Vaccine operations Central Provinces 1868-1885 - 1868-1885
Year: 1868
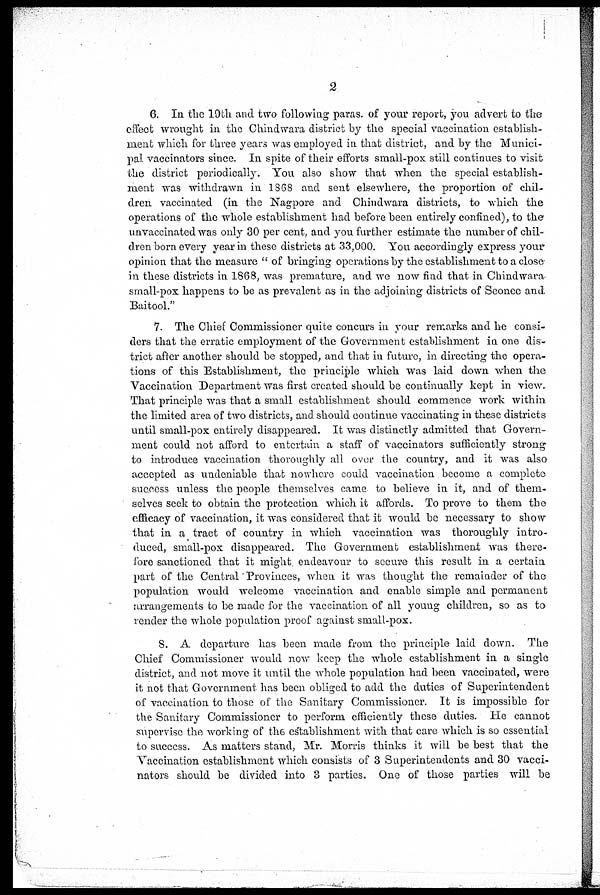
2
6. In the 19th and two following paras. of your report, you advert to the
effect wrought in the Chindwara district by the special vaccination establish-
ment which for three years was employed in that district, and by the Munici-
pal vaccinators since. In spite of their efforts small-pox still continues to visit
the district periodically. You also show that when the special establish-
ment was withdrawn in 1868 and sent elsewhere, the proportion of chil-
dren vaccinated (in the Nagpore and Chindwara districts, to which the
operations of the whole establishment had before been entirely confined), to the
unvaccinated was only 30 per cent, and you further estimate the number of chil-
dren born every year in these districts at 33,000. You accordingly express your
opinion that the measure " of bringing operations by the establishment to a close-
in these districts in 1868, was premature, and we now find that in Chindwara
small-pox happens to be as prevalent as in the adjoining districts of Sconce and
Baitool."
7. The Chief Commissioner quite concurs in your remarks and he consi-
ders that the erratic employment of the Government establishment in one dis-
trict after another should be stopped, and that in future, in directing the opera-
tions of this Establishment, the principle which was laid down when the
Vaccination Department was first created should be continually kept in view.
That principle was that a small establishment should commence work within
the limited area of two districts, and should continue vaccinating in these districts
until small-pox entirely disappeared. It was distinctly admitted that Govern-
ment could not afford to entertain a staff of vaccinators sufficiently strong
to introduce vaccination thoroughly all over the country, and it was also
accepted as undeniable that nowhere could vaccination become a complete
success unless the people themselves came to believe in it, and of them-
selves seek to obtain the protection which it affords. To prove to them the
efficacy of vaccination, it was considered that it would be necessary to show
that in a tract of country in which vaccination was thoroughly intro-
duced, small-pox disappeared. The Government establishment was there-
fore sanctioned that it might endeavour to secure this result in a certain
part of the Central Provinces, when it was thought the remainder of the
population would welcome vaccination and enable simple and permanent
arrangements to be made for the vaccination of all young children, so as to
render the whole population proof against small-pox.
8. A departure has been made from the principle laid down. The
Chief Commissioner would now keep the whole establishment in a single
district, and not move it until the whole population had been vaccinated, were
it not that Government has been obliged to add the duties of Superintendent
of vaccination to those of the Sanitary Commissioner. It is impossible for
the Sanitary Commissioner to perform efficiently these duties. He cannot
supervise the working of the establishment with that care which is so essential
to success. As matters stand, Mr. Morris thinks it will be best that the
Vaccination establishment which consists of 3 Superintendents and 30 vacci-
nators should be divided into 3 parties. One of those parties will be